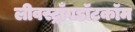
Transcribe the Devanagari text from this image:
लीवस्ट्राँगडॉटकॉम